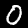
Digit: 0